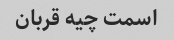
اسمت چیه قربان